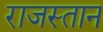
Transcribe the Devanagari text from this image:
राजस्तान